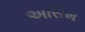
અસિમ